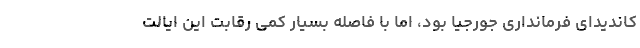
کاندیدای فرمانداری جورجیا بود، اما با فاصله بسیار کمی رقابت این ایالت